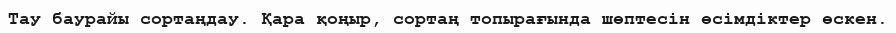
Тау баурайы сортаңдау. Қара қоңыр, сортаң топырағында шөптесін өсімдіктер өскен.